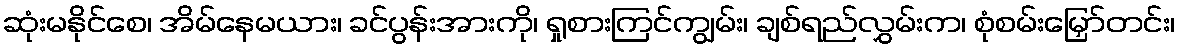
ဆုံးမနိုင်စေ၊ အိမ်နေမယား၊ ခင်ပွန်းအားကို၊ ရှုစားကြင်ကျွမ်း၊ ချစ်ရည်လွှမ်းက၊ စုံစမ်းမြှော်တင်း၊